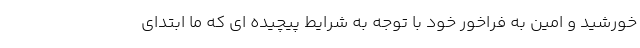
خورشید و امین به فراخور خود با توجه به شرایط پیچیده ای که ما ابتدای